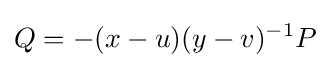
Q=-(x-u)(y-v)^{-1}P